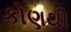
કોણથી